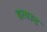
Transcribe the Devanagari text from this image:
इत्याद